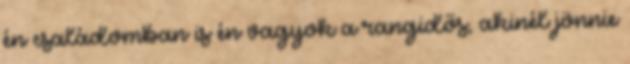
én családomban is én vagyok a rangidős, akinél jönnie